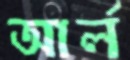
আর্ল